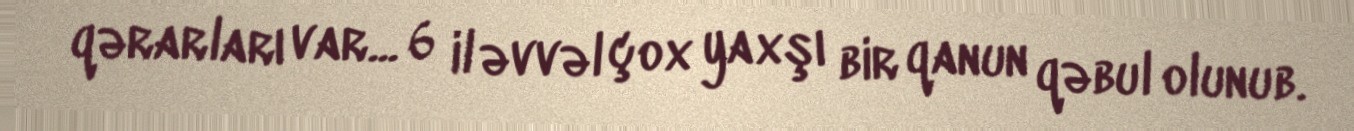
qərarları var... 6 il əvvəl çox yaxşı bir qanun qəbul olunub.